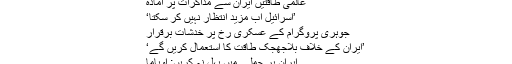
ایران سے بات چیت، اتفاقِ رائے نہ ہو سکا
عالمی طاقتیں ایران سے مذاکرات پر آمادہ
’اسرائیل اب مزید انتظار نہیں کر سکتا‘
جوہری پروگرام کے عسکری رخ پر خدشات برقرار
’ایران کے خلاف بلاجھجک طاقت کا استعمال کریں گے‘
ایران پر حملے میں پہل نہ کریں: اوباما
ایران جوہری صلاحیتوں میں اضافہ کرسکتا ہے